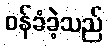
ဝန်ခံခဲ့သည်